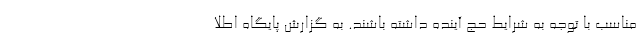
مناسب با توجه به شرایط حج آینده داشته باشند. به گزارش پایگاه اطلا